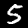
Label: 5